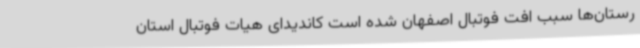
رستان‌ها سبب افت فوتبال اصفهان شده است کاندیدای هیات فوتبال استان